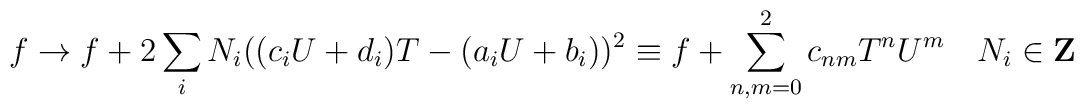
f\rightarrow f +2\sum_i N_i ((c_iU+d_i)T-(a_iU+b_i))^2\equiv f +\sum_{n,m =0}^2 c_{nm} T^n U^m ~~~ N_i \in {\bf Z}